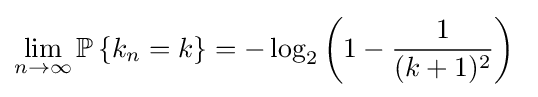
\lim _{n\to \infty }\mathbb {P} \left\{k_{n}=k\right\}=-\log _{2}\left(1-{\frac {1}{(k+1)^{2}}}\right)~